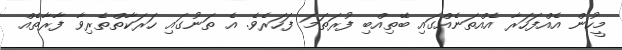
މީހުން އެއްފަހަރާ އެއްތަނެއްގައި ބޭތިއްބި ފުރަތަމަ ފަހަރެވެ. އެ ތަނުގައި ހަރަކާތްތެރިވާ ފާރާތެއް